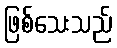
ဖြစ်သေးသည်